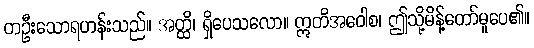
တဦးသောရဟန်းသည်။ အတ္ထိ၊ ရှိပေသလော။ ဣတိအဝေါစ၊ ဤသို့မိန့်တော်မူပေ၏။